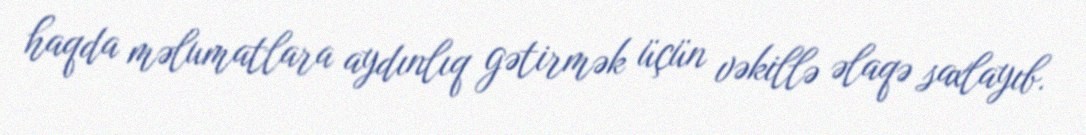
haqda məlumatlara aydınlıq gətirmək üçün vəkillə əlaqə saxlayıb.